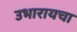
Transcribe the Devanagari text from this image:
उभारायचा